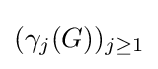
(\gamma _{j}(G))_{j\geq 1}